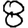
Digit: 8